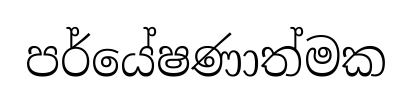
පර්යේෂණාත්මක